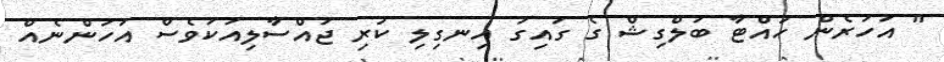
" އަހަރެން ހުއްޓާ ބަލްގިޝް ގެ ގައިގަ އިނގިލި ކުރި ޖައްސާލިއަކަވެސް އަހަންނެއް